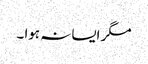
مگر ایسا نہ ہوا ۔